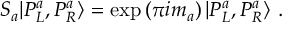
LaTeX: S _ { a } | P _ { L } ^ { a } , P _ { R } ^ { a } \rangle = \exp \left( \pi i m _ { a } \right) | P _ { L } ^ { a } , P _ { R } ^ { a } \rangle ~ .